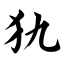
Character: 犰